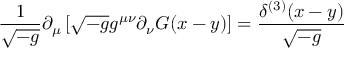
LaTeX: { \frac { 1 } { \sqrt { - g } } } \partial _ { \mu } \left[ \sqrt { - g } g ^ { \mu \nu } \partial _ { \nu } G ( x - y ) \right] = { \frac { \delta ^ { ( 3 ) } ( x - y ) } { \sqrt { - g } } } \,